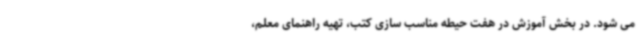
می شود. در بخش آموزش در هفت حیطه مناسب سازی کتب، تهیه راهنمای معلم،